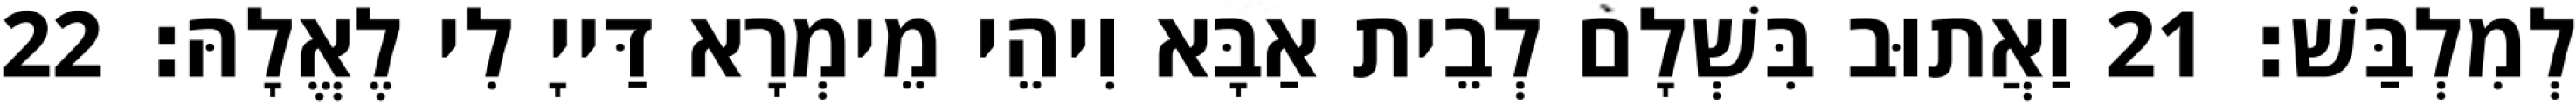
לְמִלְבַּשׁ׃ 21 וַאֲתוּב בִּשְׁלָם לְבֵית אַבָּא וִיהֵי מֵימְרָא דַּייָ לִי לֶאֱלָהּ׃ 22